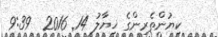
ކިޔުންތެރިންގެ ޚިޔާލު 14